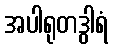
အပါရုတဒွါရံ